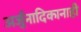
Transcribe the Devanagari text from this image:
अर्जुनादिकानाही